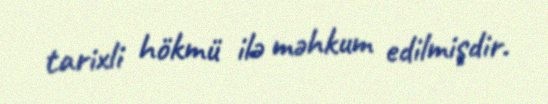
tarixli hökmü ilə məhkum edilmişdir.